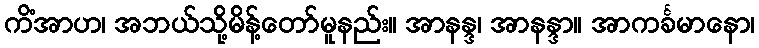
ကိံအာဟ၊ အဘယ်သို့မိန့်တော်မူနည်း။ အာနန္ဒ၊ အာနန္ဒာ။ အာကင်္ခမာနော၊